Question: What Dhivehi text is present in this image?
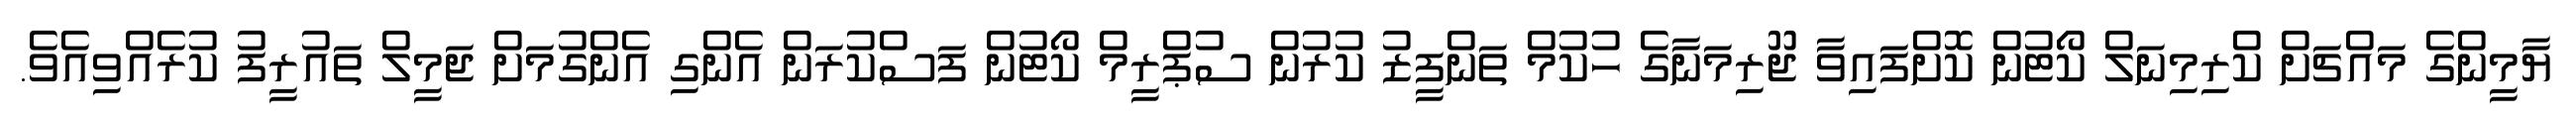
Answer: ޔާމީންގެ މައްޗަށް ކްރިމިނަލް ކޯޓުން ކޮށްފައިވާ ޖޫރިމަނާގެ ހުކުމް ތަންފީޒު ކުރުން ސުޕްރީމް ކޯޓުން ފަސްކުރަން އެންގި އެންގުމަށް ޖަމީލް ތައުރީފު ކުރެއްވިއެވެ.